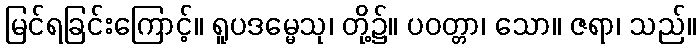
မြင်ရခြင်းကြောင့်။ ရူပဒမ္မေသု၊ တို့၌။ ပဝတ္တာ၊ သော။ ဇရာ၊ သည်။